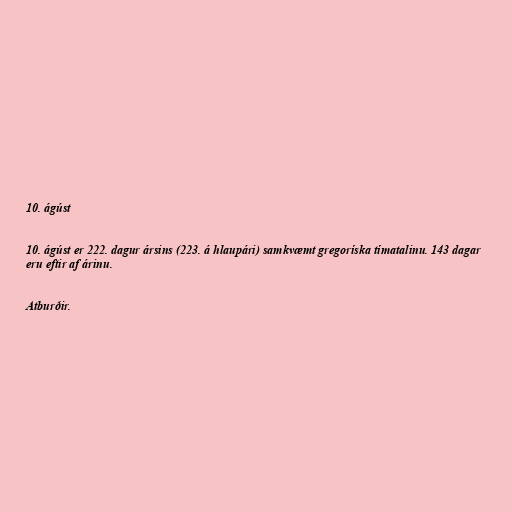
10. ágúst

10. ágúst er 222. dagur ársins (223. á hlaupári) samkvæmt gregoríska tímatalinu. 143 dagar
eru eftir af árinu.

Atburðir.